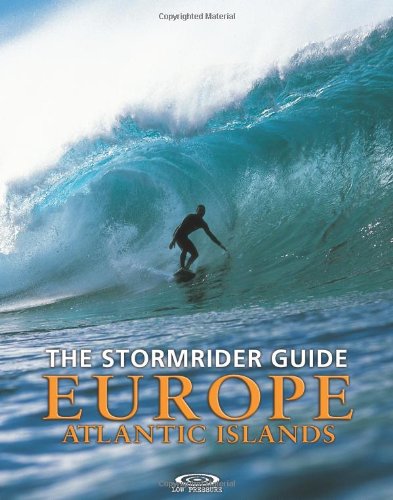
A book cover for The Stormrider Guide Europe: Atlantic Islands (Stormrider Surf Guides) (English and French Edition); Travel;